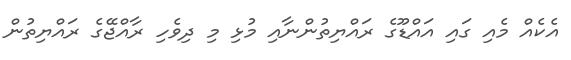
އެކެއް މެއި ގައި އައްޑޫގެ ރައްޔިތުންނާއި މުޅި މި ދިވެހި ރާއްޖޭގެ ރައްޔިތުން